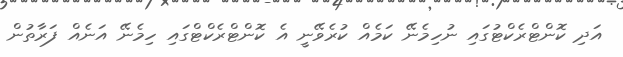
އަދި ކޮންޓްރެކްޓުގައި ނުހިމެނޭ ކަމެއް ކުރެވޭނީ އެ ކޮންޓްރެކްޓްގައި ހިމެނޭ އަނެއް ފަރާތުން